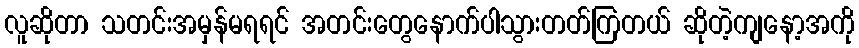
လူဆိုတာ သတင်းအမှန်မရရင် အတင်းတွေနောက်ပါသွားတတ်ကြတယ် ဆိုတဲ့ကျနော့အကို